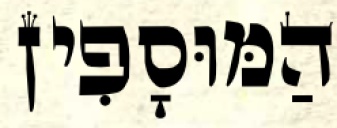
הַמּוּסָפִין